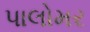
પાલોમર